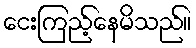
ငေးကြည့်နေမိသည်။